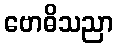
ဗောဓိသညာ